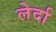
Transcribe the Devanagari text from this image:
लेर्दा